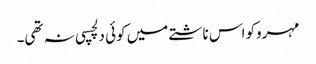
مہروکو اس ناشتے میں کوئی دلچسپی نہ تھی۔